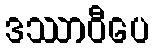
ဒဿာဝီပေ